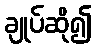
ချုပ်ဆို၍